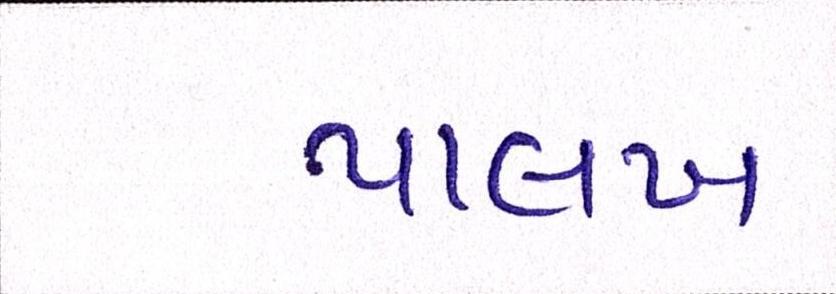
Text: પાલખ